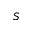
S